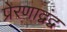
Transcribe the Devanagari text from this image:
प्रेरणाद्वंद्व